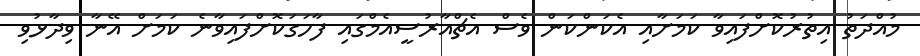
މުއްދަތު އިތުރުކޮށްފައިވާ ކަމަށާއި އެކަންކަން ވެސް އެޗްއާރުސީއެމްގައި ފާހަގަކޮށްފައިވާނެ ކަމަށް އޭނާ ވިދާޅުވި